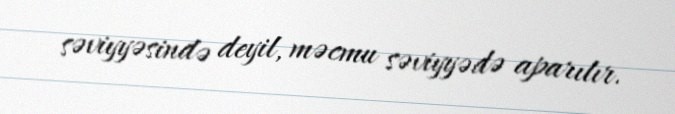
səviyyəsində deyil, məcmu səviyyədə aparılır.